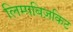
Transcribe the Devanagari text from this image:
लिम्पबिज़किट